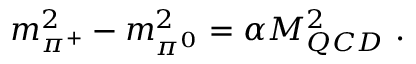
m _ { \pi ^ { + } } ^ { 2 } - m _ { \pi ^ { 0 } } ^ { 2 } = \alpha M _ { Q C D } ^ { 2 } ~ .